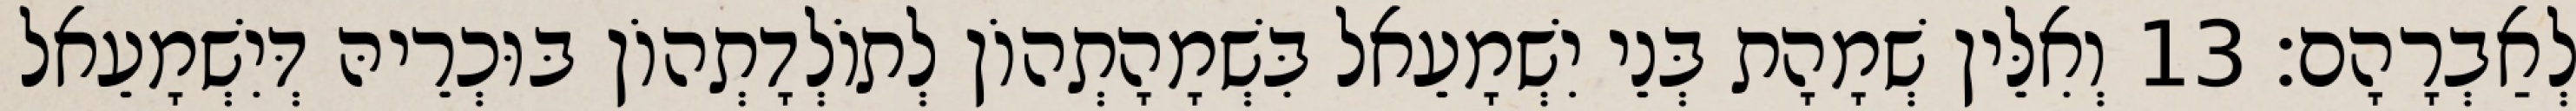
לְאַבְרָהָם׃ 13 וְאִלֵּין שְׁמָהָת בְּנֵי יִשְׁמָעֵאל בִּשְׁמָהָתְהוֹן לְתוֹלְדָתְהוֹן בּוּכְרֵיהּ דְּיִשְׁמָעֵאל